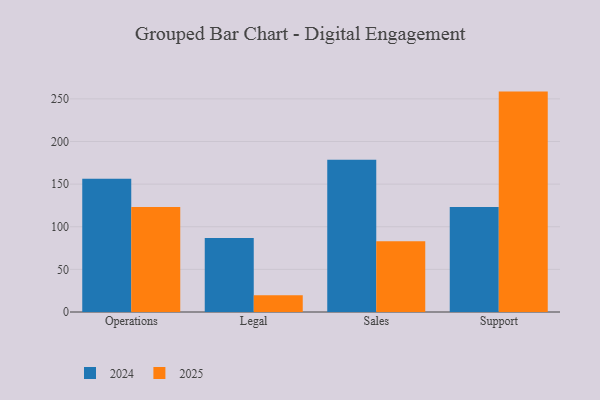
{"axis": {"x": "Department", "y": "Budget (USD K)"}, "legend": ["2024", "2025"], "data": [{"x": "Operations", "y": 156.3, "type": "2024"}, {"x": "Operations", "y": 123.2, "type": "2025"}, {"x": "Legal", "y": 86.9, "type": "2024"}, {"x": "Legal", "y": 19.7, "type": "2025"}, {"x": "Sales", "y": 178.6, "type": "2024"}, {"x": "Sales", "y": 83.0, "type": "2025"}, {"x": "Support", "y": 123.2, "type": "2024"}, {"x": "Support", "y": 258.5, "type": "2025"}]}